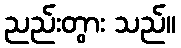
ညည်းတွား သည်။